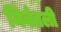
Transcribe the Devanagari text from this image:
निर्वतली